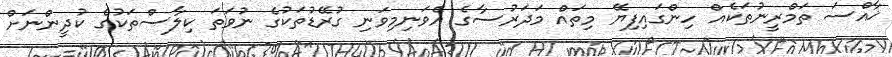
ޚާއްސަ ތަމްރީނުތަކެއް ހިންގައިފިޔޭ މިތައް މަދަރުސާގެ އެވަނިމިވަނި ގުރޭޑުތަކުގެ ނުވަތަ ކިލާސްތަކުގެ ކުދީންނަށް